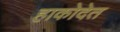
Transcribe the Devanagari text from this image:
हाकोदेत